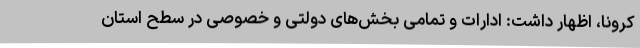
کرونا، اظهار داشت: ادارات و تمامی بخش‌های دولتی و خصوصی در سطح استان